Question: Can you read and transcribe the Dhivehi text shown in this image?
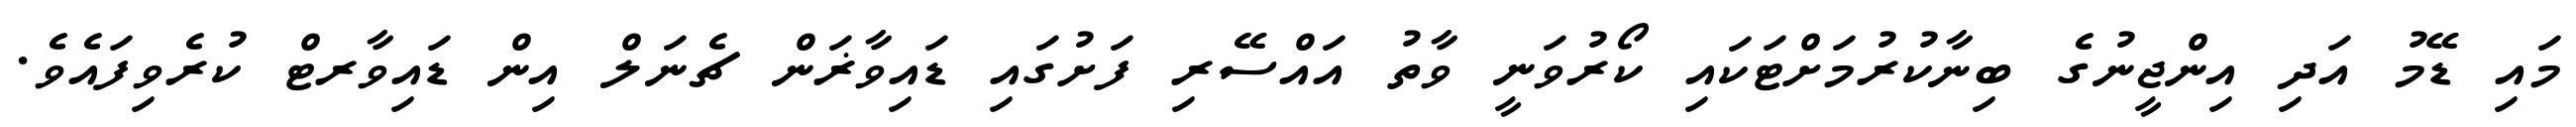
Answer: މައި ޑޭމު އަދި އިންޖީނުގެ ބިނާކުރުމަށްޓަކައި ކޯރުވަނީ ވާތު އައްސޭރި ފަށުގައި ޑައިވާޜަން ޗެނަލް އިން ޑައިވާރޓް ކުރެވިފައެވެ.